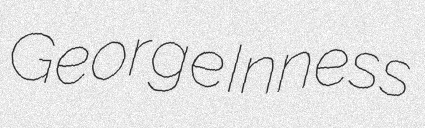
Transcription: George Inness